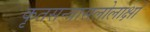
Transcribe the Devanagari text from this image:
कृतसन्त्रासलोलाक्षो